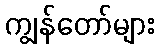
ကျွန်တော်များ